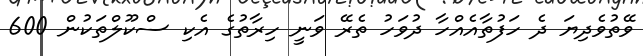
ވޭތުވެދިޔަ ދެ ހަފުތާއެއްހާ ދުވަހު ތެރޭ ވަނީ ހިރާތުގެ އެކި ސްކޫލްތަކުން 600